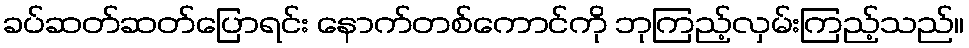
ခပ်ဆတ်ဆတ်ပြောရင်း နောက်တစ်ကောင်ကို ဘုကြည့်လှမ်းကြည့်သည်။